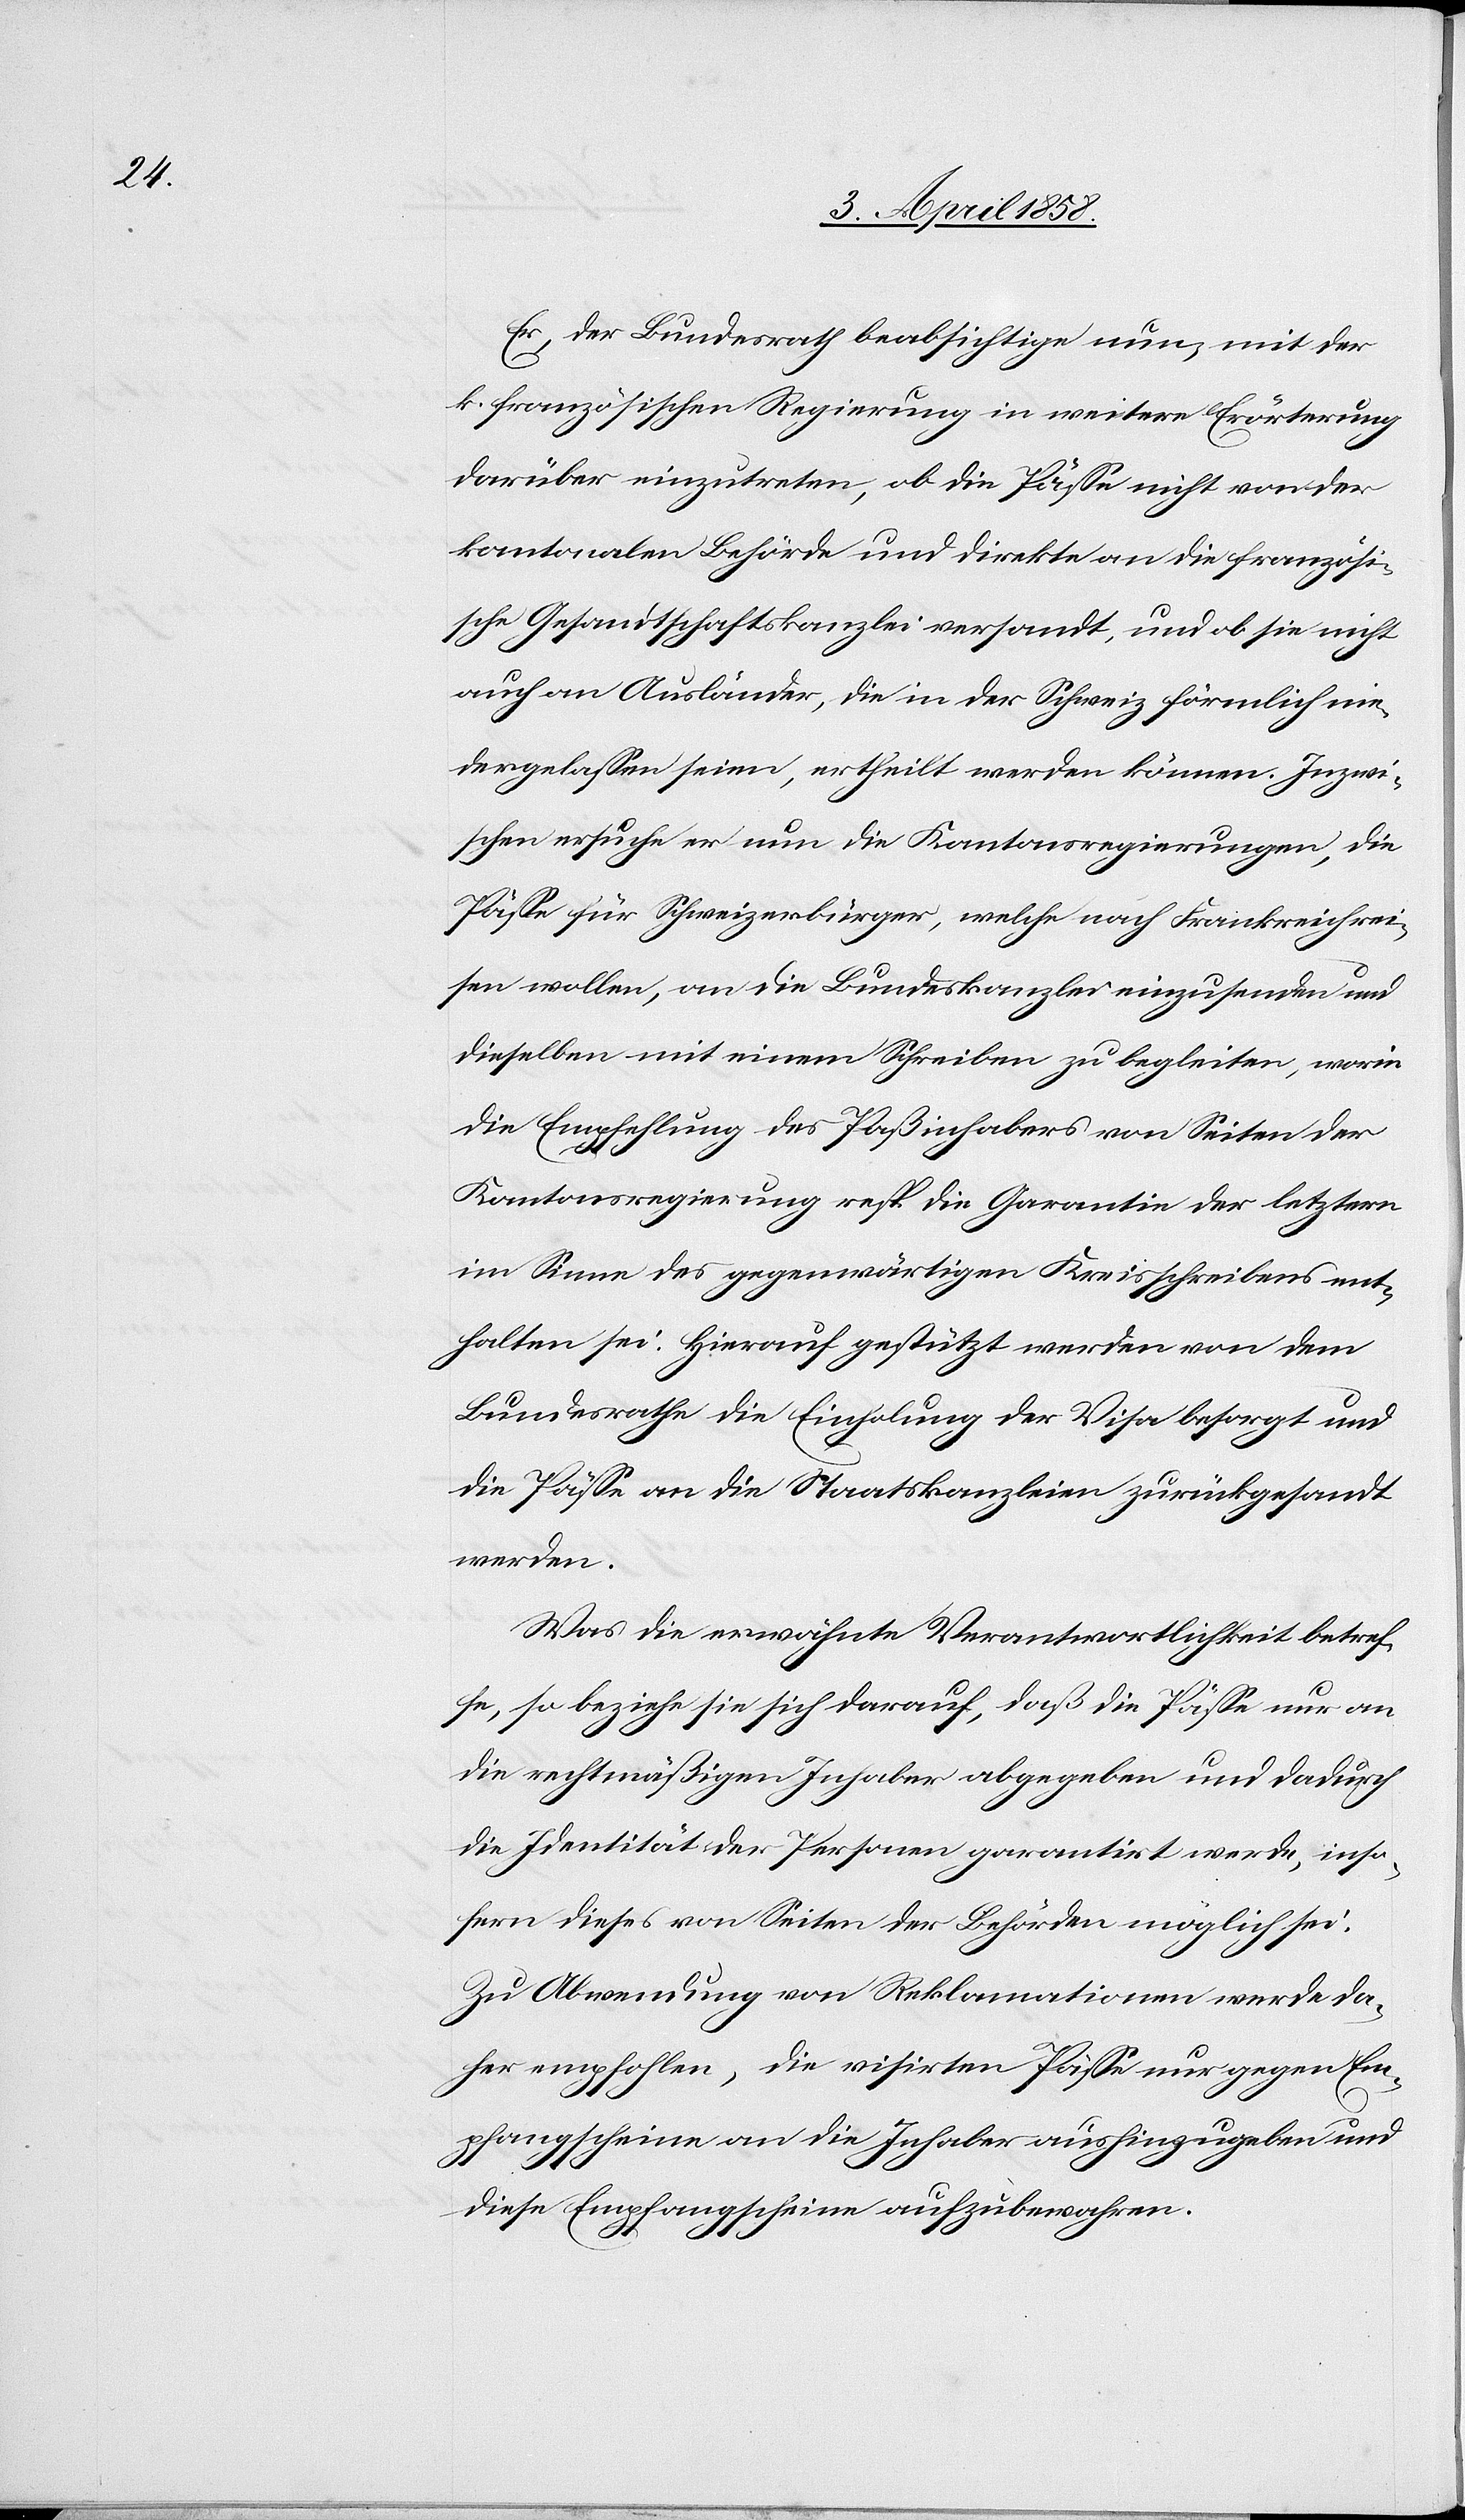
Er, der Bundesrath beabsichtigte nun, mit der
k. französischen Regierung in weitere Erörterung
darüber einzutreten, ob die Pässe nicht von der
kantonalen Behörde und direkte an die französi¬
sche Gesandtschaftskanzlei versandt, und ob sie nicht
auch an Ausländer, die in der Schweiz förmlich nie¬
dergelassen seien, ertheilt werden können. Inzwi¬
schen ersuche er nun die Kantonsregierungen, die
Pässe für Schweizerbürger, welche nach Frankreich rei¬
sen wollen, an die Bundeskanzlei einzusenden und
dieselben mit einem Schreiben zu begleiten, worin
die Empfehlung des Paßinhabers von Seiten der
Kantonsregierung resp. die Garantie der letztern
im Sinne des gegenwärtigen Kreisschreibens ent¬
halten sei. Hierauf gestützt werde von dem
Bundesrathe die Einholung der Visa besorgt und
die Pässe an die Staatskanzleien zurückgesandt
werden.
Was die erwähnte Verantwortlichkeit betref¬
fe, so beziehe sie sich darauf, daß die Pässe nur an
die rechtmäßigen Inhaber abgegeben und dadurch
die Identität der Personen garantirt werde, inso¬
fern dieses von Seiten der Behörden möglich sei.
Zu Abwendung von Reklamationen werde da¬
her empfohlen, die visirten Pässe nur gegen Em¬
pfangscheine an die Inhaber aushinzugeben und
diese Empfangscheine aufzubewahren.